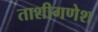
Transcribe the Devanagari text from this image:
ताशीगणेश